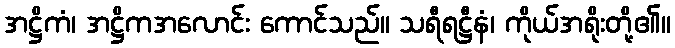
အဋ္ဌိကံ၊ အဋ္ဌိကအလောင်း ကောင်သည်။ သရီရဋ္ဌီနံ၊ ကိုယ်အရိုးတို့၏။